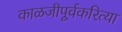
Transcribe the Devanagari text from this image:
काळजीपूर्वकरित्या